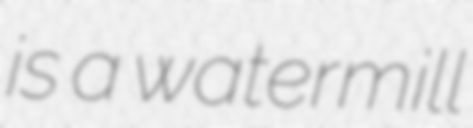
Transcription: is a watermill